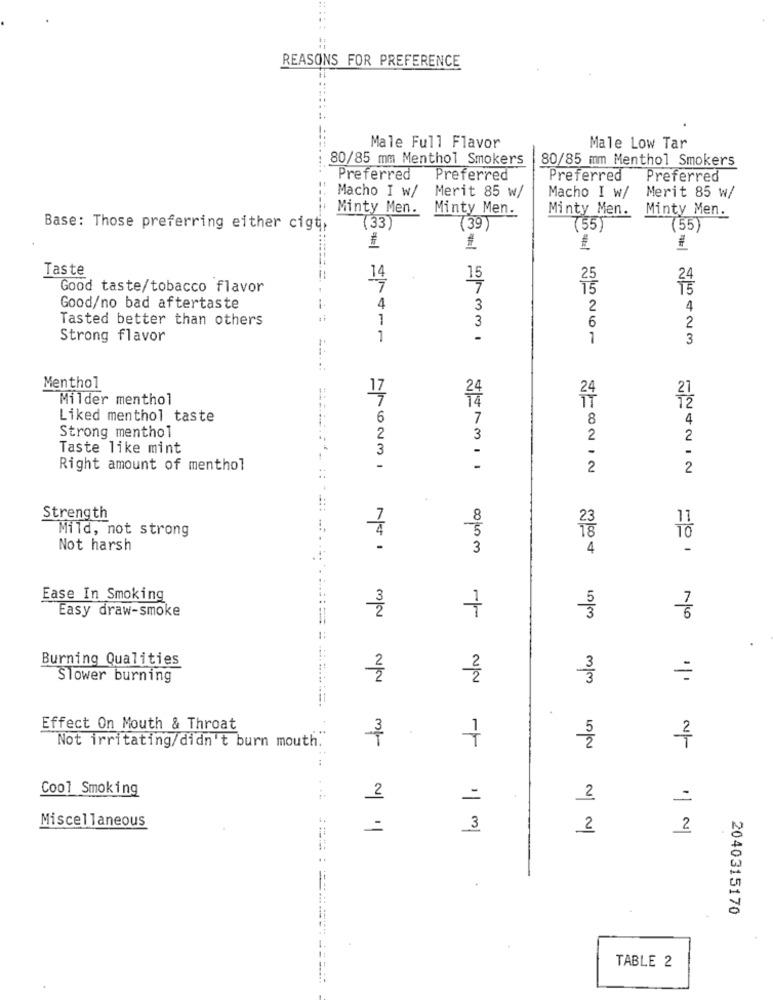
REASONS FOR PREFERENCE
Male Full Flavor
Male Low Tar
80/85 mm Menthol Smokers
80/85 mm Menthol Smokers
Preferred
Preferred
Preferred
Preferred
Macho I w/
Merit 85 w/
Macho I w/
Merit 85 w/
Minty Men.
Minty Men.
Minty Men.
Minty Men.
Base: Those preferring either cigti,
(33
(39)
(55)
(55)
Taste
15
Good taste/tobacco flavor
Good/no bad aftertaste
1
4
3
2
4
Tasted better than others
1
3
6
2
Strong flavor
1
-
1
3
Menthol
17
24
Milder menthol
14
24
21
12
Liked menthol taste
6
7
8
4
Strong menthol
2
3
2
2
Taste like mint
3
-
Right amount of menthol
-
2
2
Strength
7
8
Mild, not strong
5
4
TO
Not harsh
3
4
Ease In Smoking
Easy draw-smoke
2
7
10/m
N/N
Burning Qualities
3
Slower burning
No 11
N/
-tw
Effect On Mouth & Throat
7
Not irritating/didn't burn mouth.
Cool Smoking
2
=
2
=
Miscellaneous
3
2
2
2040315170
TABLE 2